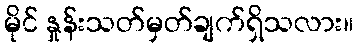
မိုင် နှုန်းသတ်မှတ်ချက်ရှိသလား။